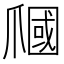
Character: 𤔩